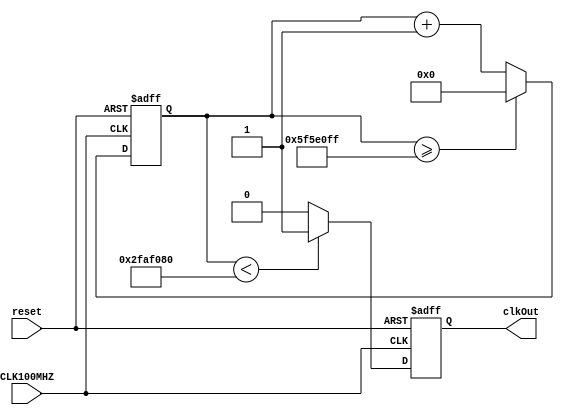
`timescale 1ns / 1ps

module slowerClkGen
    #(parameter N = 100_000_000)
    (CLK100MHZ, reset, clkOut);
    
    input CLK100MHZ, reset;
    output reg clkOut;
    


    reg [27:0] counter = 28'd0;

 always @(posedge CLK100MHZ or posedge reset)
    begin
            if (reset) 
        begin
            counter <= 28'd0; // Reset counter to zero when reset is high  
            clkOut <= 1'b0;
        end 
        else begin
            counter <= counter + 28'd1;     
            if(counter >= (N-1))    counter <= 28'd0;
            clkOut <= (counter < (N/2)) ? 1'b1 : 1'b0;
        end

   end 

endmodule